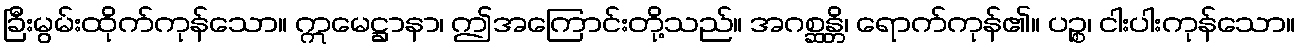
ခြီးမွမ်းထိုက်ကုန်သော။ ဣမေဋ္ဌာနာ၊ ဤအကြောင်းတို့သည်။ အဂစ္ဆန္တိ၊ ရောက်ကုန်၏။ ပဉ္စ၊ ငါးပါးကုန်သော။